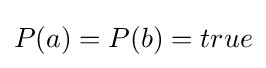
P(a)=P(b)=true